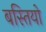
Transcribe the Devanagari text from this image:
बस्‍तियो